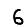
Digit: 6